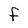
Character: F